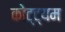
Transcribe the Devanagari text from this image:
कोट्ट्यम